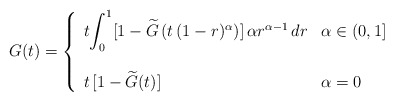
\begin{align*}G(t)=\left\{\begin{array}[c]{ll}t{\displaystyle\int_{0}^{1}}[1-\widetilde{G}\left( t\,(1-r)^{\alpha}\right) ]\,\alpha r^{\alpha-1}\,dr &\alpha\in(0,1]\\& \\t\,[1-\widetilde{G}(t)] & \alpha=0\end{array}\right. \end{align*}